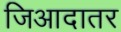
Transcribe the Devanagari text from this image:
जिआदातर